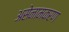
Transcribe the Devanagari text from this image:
असेनामकरण